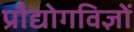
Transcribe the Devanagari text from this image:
प्रौद्योगविज्ञों